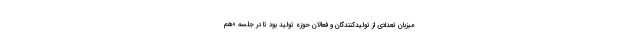
میزبان تعدادی از تولیدکنندگان و فعالان حوزه تولید بود تا در جلسه «هم